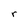
Character: r